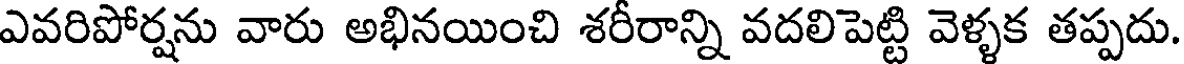
ఎవరిపోర్షను వారు అభినయించి శరీరాన్ని వదలిపెట్టి వెళ్ళక తప్పదు